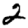
Digit: 2